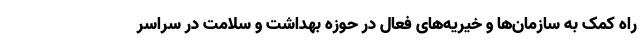
راه کمک به سازمان‌ها و خیریه‌های فعال در حوزه بهداشت و سلامت در سراسر